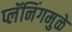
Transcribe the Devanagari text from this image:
प्लॅनिंगमुळे